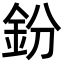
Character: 鈖